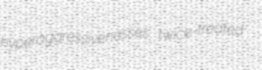
hyperaggressivenesses twice-treated